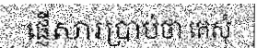
ផ្ញើសារប្រាប់ថា គេសុំ